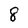
Character: 8